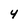
Character: 4